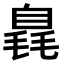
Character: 𣯝